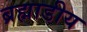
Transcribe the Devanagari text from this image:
ब्रह्माडीय